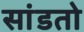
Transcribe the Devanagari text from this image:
सांडतो